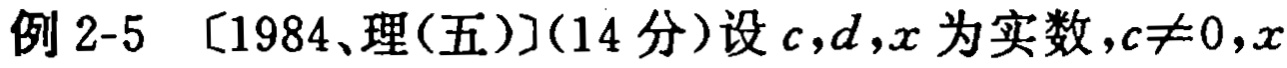
例 2-5 [1984、理(五)](14 分)设 \(c,d,x\) 为实数，\(c\neq0\)，\(x\)